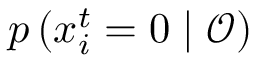
p \left( x _ { i } ^ { t } = 0 \mid \boldsymbol { \mathcal { O } } \right)